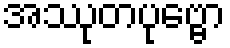
အဿုတပုဗ္ဗော